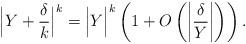
LaTeX: \begin{align*}\Big|Y+\frac{\delta}{k}\Big|^k=\Big|Y\Big|^k \left(1+O\left(\left|\frac{\delta}{Y}\right|\right)\right).\end{align*}